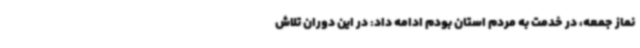
نماز جمعه، در خدمت به مردم استان بودم ادامه داد: در این دوران تلاش